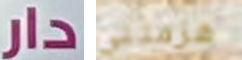
دار هزمتني